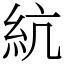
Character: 䋁